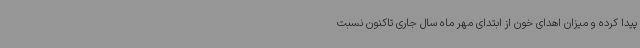
پیدا کرده و میزان اهدای خون از ابتدای مهر ماه سال جاری تاکنون نسبت